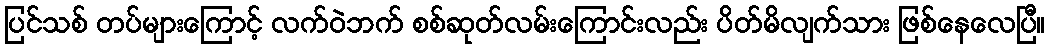
ပြင်သစ် တပ်များကြောင့် လက်ဝဲဘက် စစ်ဆုတ်လမ်းကြောင်းလည်း ပိတ်မိလျက်သား ဖြစ်နေလေပြီ။